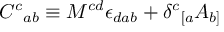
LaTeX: { C ^ { c } } _ { a b } \equiv M ^ { c d } \epsilon _ { d a b } + { \delta ^ { c } } _ { [ a } A _ { b ] }